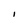
Character: I